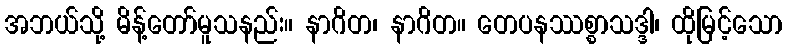
အဘယ်သို့ မိန့်တော်မူသနည်း။ နာဂိတ၊ နာဂိတ။ တေပနဿစ္စာသဒ္ဒါ၊ ထိုမြင့်သော